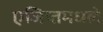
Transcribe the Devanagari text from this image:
एजिप्तमधले